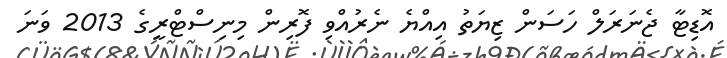
އޮޑިޓާ ޖެނަރަލް ހަސަން ޒިޔަތު އިއްޔެ ނެރުއްވި ފޮރިން މިނިސްޓްރީގެ 2013 ވަނަ